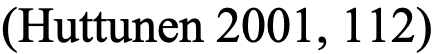
(Huttunen 2001, 112)